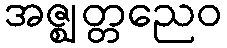
အဇ္ဈတ္တညေဝ